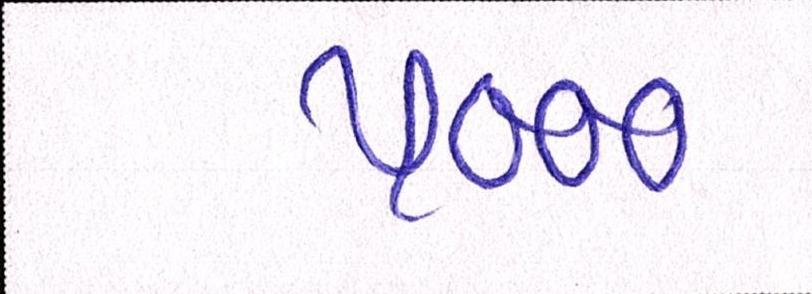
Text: ૫૦૦૦